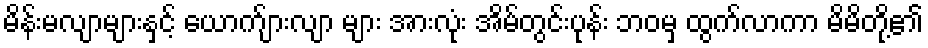
မိန်းမလျာများနှင့် ယောက်ျားလျာ များ အားလုံး အိမ်တွင်းပုန်း ဘဝမှ ထွက်လာကာ မိမိတို့၏